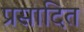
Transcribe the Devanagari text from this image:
प्रसादित